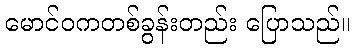
မောင်ဝကတစ်ခွန်းတည်း ပြောသည်။